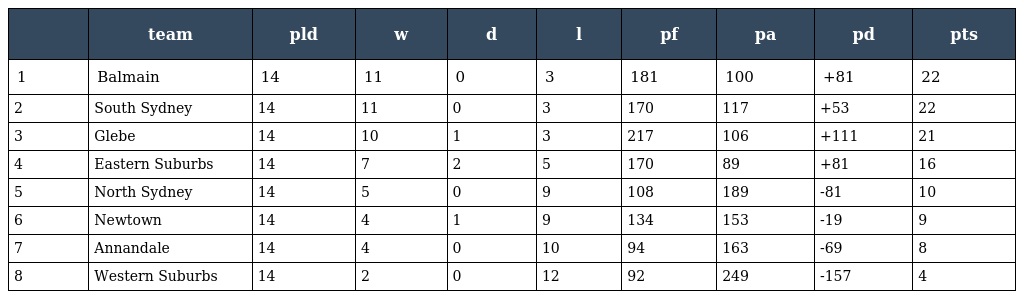
|  | team | pld | w | d | l | pf | pa | pd | pts |
 | --- | --- | --- | --- | --- | --- | --- | --- | --- | --- |
 | 1 | Balmain | 14 | 11 | 0 | 3 | 181 | 100 | +81 | 22 |
 | 2 | South Sydney | 14 | 11 | 0 | 3 | 170 | 117 | +53 | 22 |
 | 3 | Glebe | 14 | 10 | 1 | 3 | 217 | 106 | +111 | 21 |
 | 4 | Eastern Suburbs | 14 | 7 | 2 | 5 | 170 | 89 | +81 | 16 |
 | 5 | North Sydney | 14 | 5 | 0 | 9 | 108 | 189 | -81 | 10 |
 | 6 | Newtown | 14 | 4 | 1 | 9 | 134 | 153 | -19 | 9 |
 | 7 | Annandale | 14 | 4 | 0 | 10 | 94 | 163 | -69 | 8 |
 | 8 | Western Suburbs | 14 | 2 | 0 | 12 | 92 | 249 | -157 | 4 |